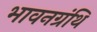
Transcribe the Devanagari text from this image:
भावनग्रंथि